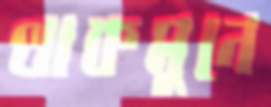
থাকমুনে